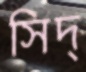
সিদ্